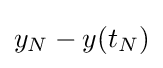
y_{N}-y(t_{N})